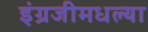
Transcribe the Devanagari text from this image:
इंग्रजीमधल्या